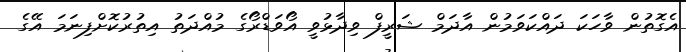
އެގޮތުން ވާހަކަ ދައްކަވަމުން އާދަމް ޝަރީފް ވިދާޅުވީ އޯވަޑްރޯގެ މުއްދަތު އިތުރުކޮށްފިނަމަ އޭގެ